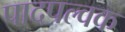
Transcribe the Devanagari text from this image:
पादपल्वक